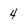
Character: 4